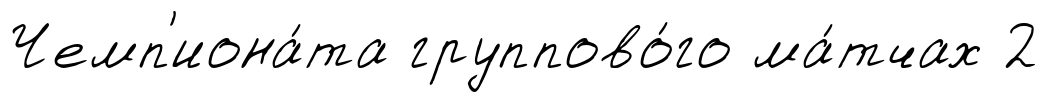
Чемп'иона́та группово́го ма́тчах 2